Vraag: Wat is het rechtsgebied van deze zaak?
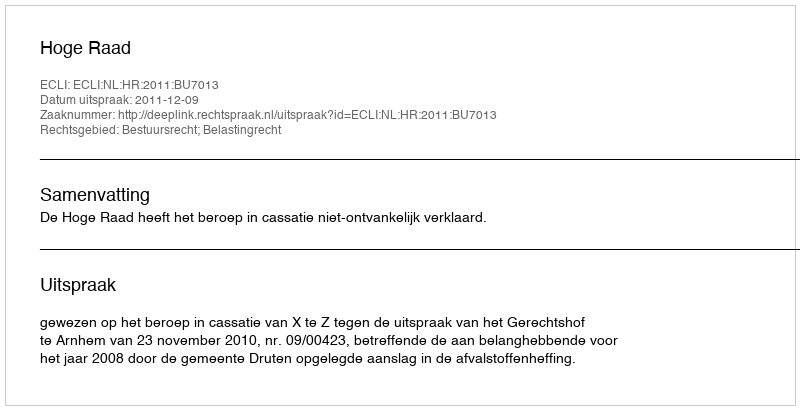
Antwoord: Bestuursrecht; Belastingrecht